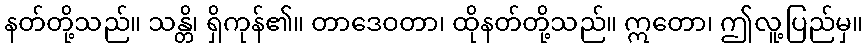
နတ်တို့သည်။ သန္တိ၊ ရှိကုန်၏။ တာဒေဝတာ၊ ထိုနတ်တို့သည်။ ဣတော၊ ဤလူ့ပြည်မှ။